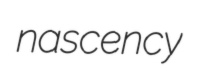
nascency